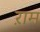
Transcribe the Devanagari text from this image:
ऱाम